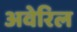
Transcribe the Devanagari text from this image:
अवेरिल